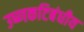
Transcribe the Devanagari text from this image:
उष्‍णकटिबंधीय